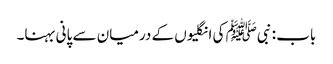
باب : نبیﷺ کی انگلیوں کے درمیان سے پانی بہنا۔